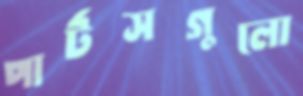
পার্টসগুলো